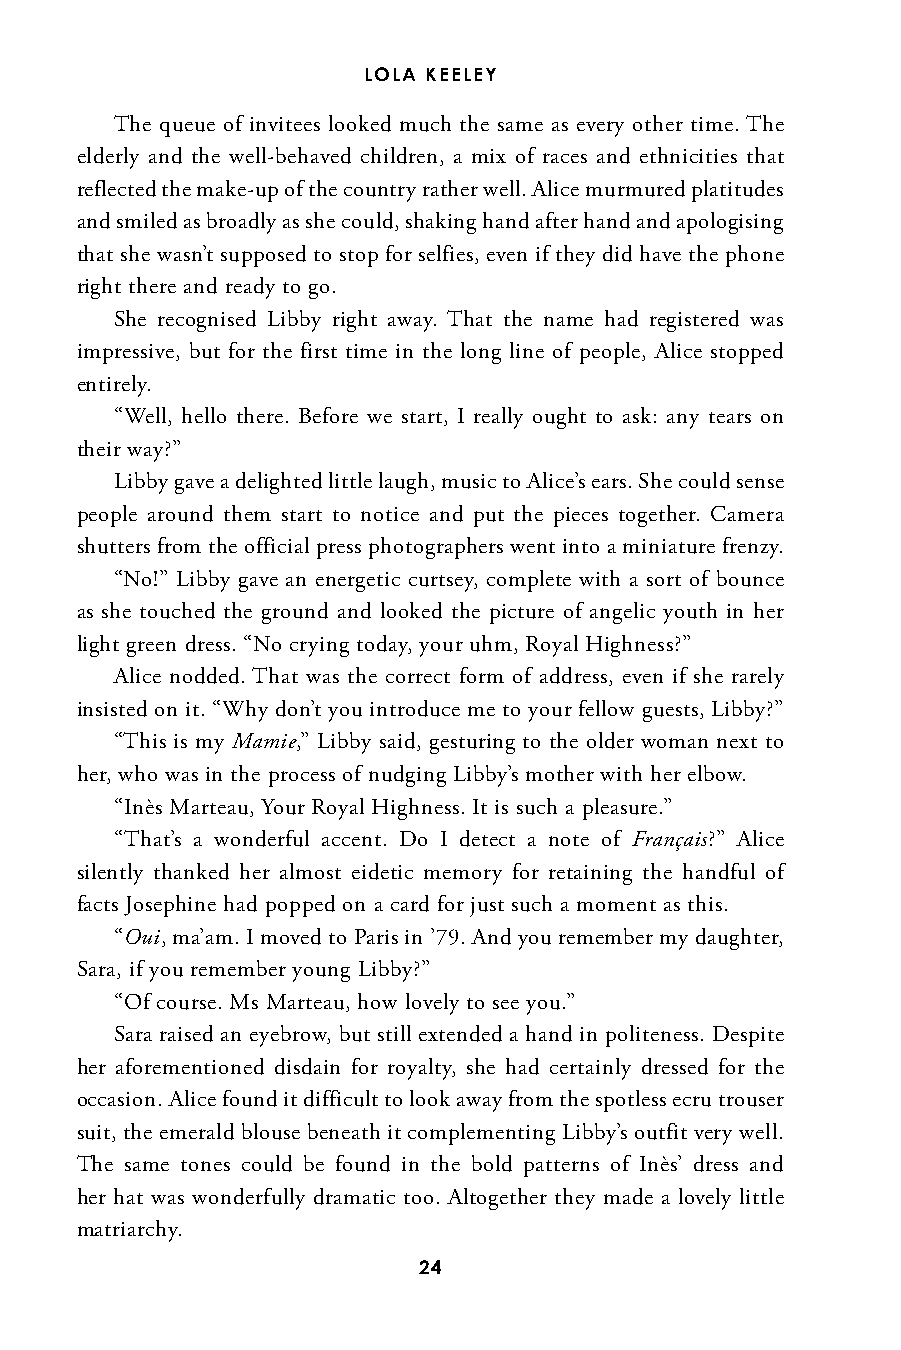
LOLA KEELEY
 The queue of invitees looked much the same as every other time. The
 elderly and the well-behaved children, a mix of races and ethnicities that
 reflected the make-up of the country rather well. Alice murmured platitudes
 and smiled as broadly as she could, shaking hand after hand and apologising
 that she wasn’t supposed to stop for selfies, even if they did have the phone
 right there and ready to go.
 She recognised Libby right away. That the name had registered was
 impressive, but for the first time in the long line of people, Alice stopped
 entirely.
 “Well, hello there. Before we start, I really ought to ask: any tears on
 their way?”
 Libby gave a delighted little laugh, music to Alice’s ears. She could sense
 people around them start to notice and put the pieces together. Camera
 shutters from the official press photographers went into a miniature frenzy.
 “No!” Libby gave an energetic curtsey, complete with a sort of bounce
 as she touched the ground and looked the picture of angelic youth in her
 light green dress. “No crying today, your uhm, Royal Highness?”
 Alice nodded. That was the correct form of address, even if she rarely
 insisted on it. “Why don’t you introduce me to your fellow guests, Libby?”
 “This is my Mamie,” Libby said, gesturing to the older woman next to
 her, who was in the process of nudging Libby’s mother with her elbow.
 “Inès Marteau, Your Royal Highness. It is such a pleasure.”
 “That’s a wonderful accent. Do I detect a note of Français?” Alice
 silently thanked her almost eidetic memory for retaining the handful of
 facts Josephine had popped on a card for just such a moment as this.
 “Oui, ma’am. I moved to Paris in ’79. And you remember my daughter,
 Sara, if you remember young Libby?”
 “Of course. Ms Marteau, how lovely to see you.”
 Sara raised an eyebrow, but still extended a hand in politeness. Despite
 her aforementioned disdain for royalty, she had certainly dressed for the
 occasion. Alice found it difficult to look away from the spotless ecru trouser
 suit, the emerald blouse beneath it complementing Libby’s outfit very well.
 The same tones could be found in the bold patterns of Inès’ dress and
 her hat was wonderfully dramatic too. Altogether they made a lovely little
 matriarchy.
 24